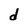
Character: d